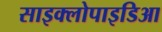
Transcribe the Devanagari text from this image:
साइक्लोपाइडिआ